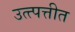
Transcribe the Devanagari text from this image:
उत्त्पत्तीत